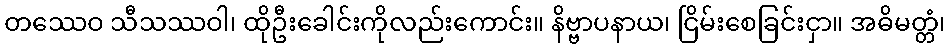
တဿေဝ သီသဿဝါ၊ ထိုဦးခေါင်းကိုလည်းကောင်း။ နိဗ္ဗာပနာယ၊ ငြိမ်းစေခြင်းငှာ။ အဓိမတ္တံ၊